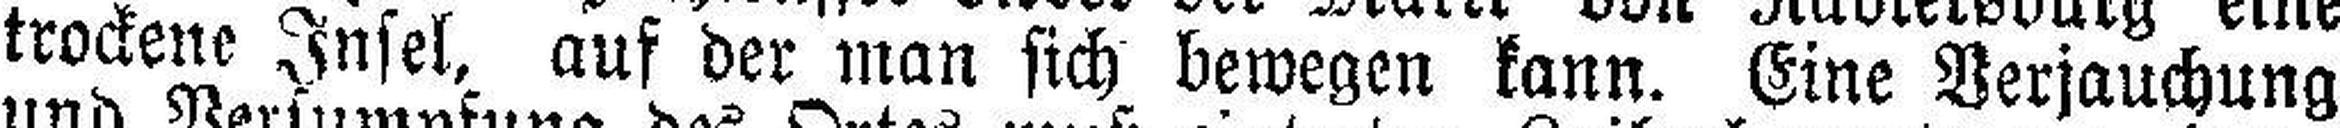
trockene Insel, auf der man sich bewegen kann. Eine Verjauchung